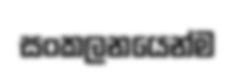
සංකලනයෙන්ම